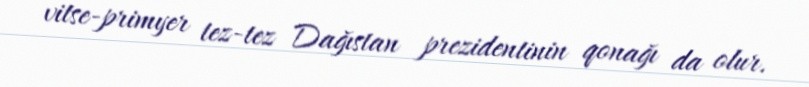
vitse-primyer tez-tez Dağıstan prezidentinin qonağı da olur.